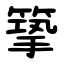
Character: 篫